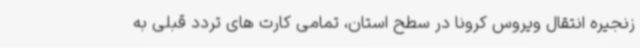
زنجیره انتقال ویروس کرونا در سطح استان، تمامی کارت های تردد قبلی به